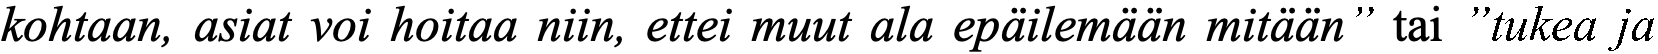
kohtaan, asiat voi hoitaa niin, ettei muut ala epäilemään mitään” tai ”tukea ja